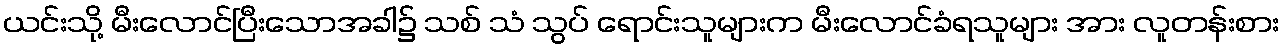
ယင်းသို့ မီးလောင်ပြီးသောအခါ၌ သစ် သံ သွပ် ရောင်းသူများက မီးလောင်ခံရသူများ အား လူတန်းစား